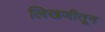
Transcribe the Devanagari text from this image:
लिखणीतून